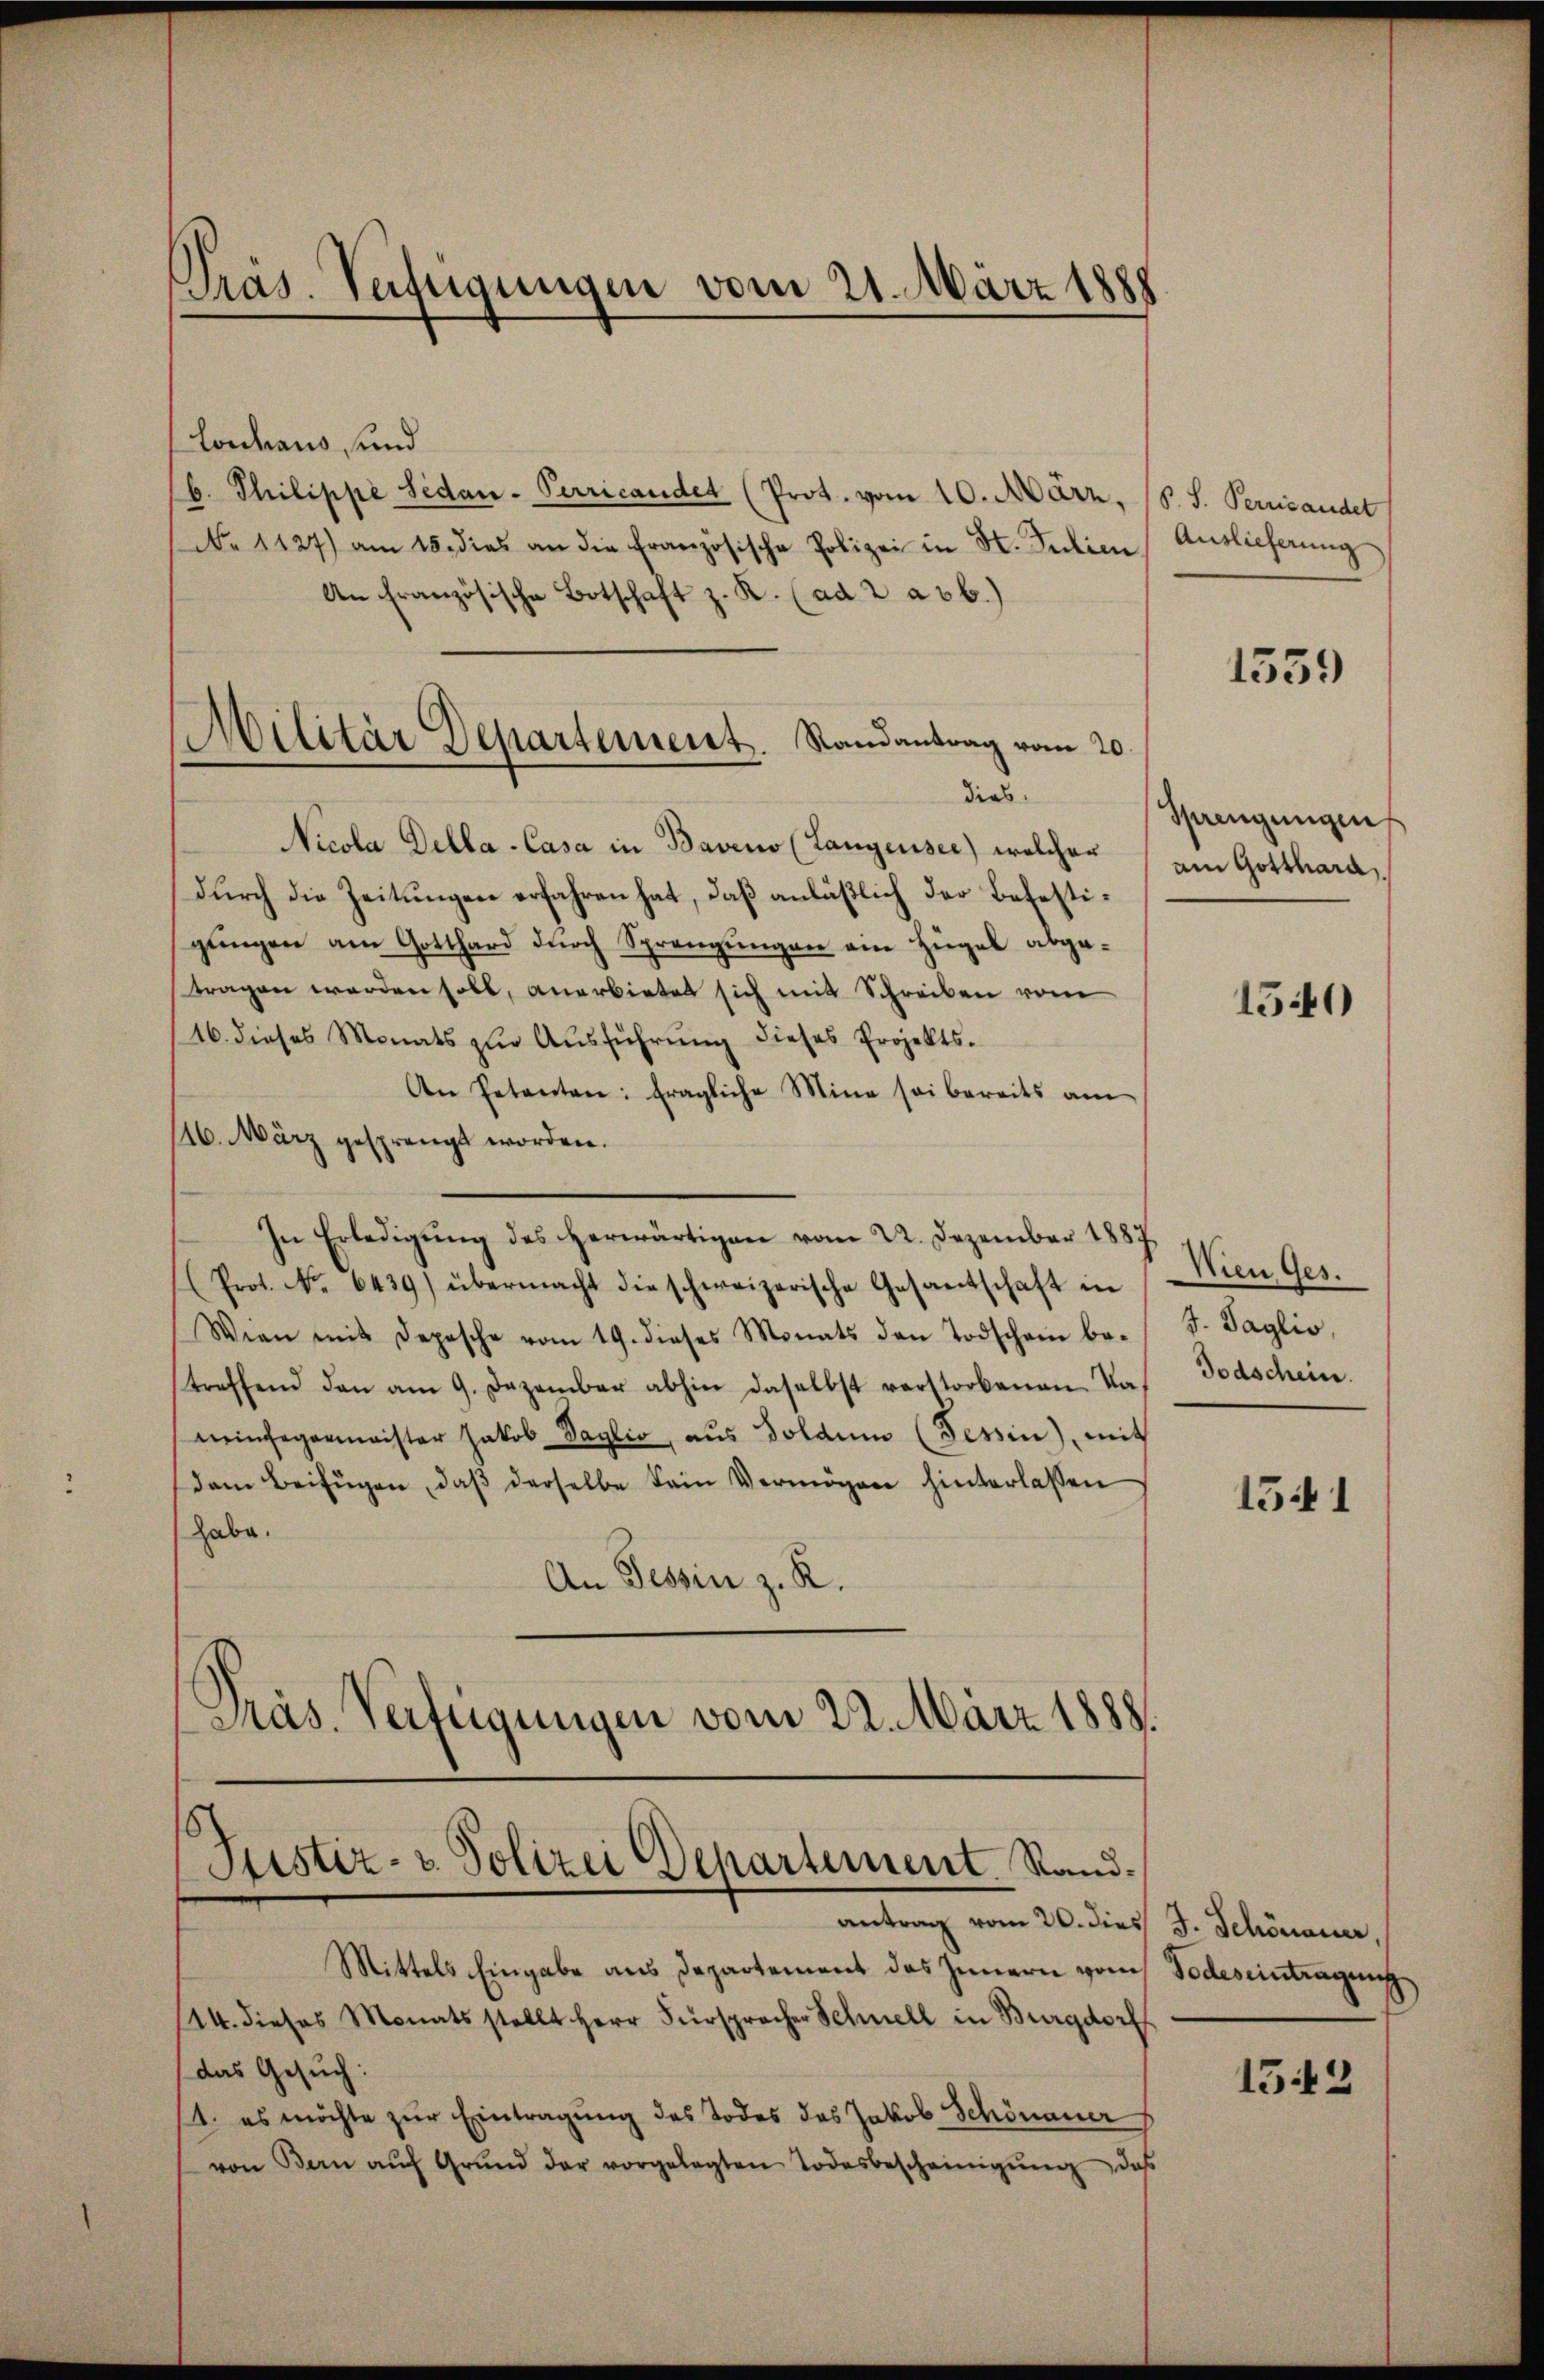
Pras. Verfügungen vom 21. März 1888

Militär Departement. Randantrag vom 20.

lonhaus, und
b. Philippe Sedan-Perricandet (Prot. vom 10. März, S. S. Pernandet
No 1127) am 15. dies an die französische Polizei in St. Ferien Auslieferung
An Französische Botschaft z. R. (ad 2 a 3 b.)
dies
Nicola Della-Casa in Baveno (Langensee) welcher
durch die Zeitungen erfahren hat, daß anläßlich der Befestigungen am Gotthard durch Sprengungen ein Hügel abgetragen werden soll, anerbietet sich mit Schreiben vom
116. dieses Monats zŭr Aŭsführŭng dieses Projekts-
An Petenten: fragliche Mina sei bereits am
116. März gesprengt worden.
In Erledigŭng des herwärtigen vom 22. Dezember 1887
(Prot. No. 6439) übermacht die schweizerische Gesantschaft in
Wien mit Depesche vom 19. dieses Monats den Todscham botreffend den am 9. Dezember abhin daselbst verstorbenen Na-
eeinfegermeister Jakob Paglio, aus Soldum (Tessin, mit
dem Beifügen, daβ derselbe kein Vermögen hinterlassen
habe.
An Tessin z. R.
Präs. Verfügungen vom 22. März 1888.

Justiz- u. Polizei Departement. Sandantrag vom 20. dies J. Schönauer,

Mittels Eingabe aus Departement des Innern vom Todeseintragung
114. dieses Monatsstellt Herr Fürsprocher Schnell in Burgdorf
das Gesuch:
11. es möchte zur Eintragung des Todes des Jakob Schönauer
von Bern aŭf Grŭnd der vorgelegten Todesbescheinigŭng das

1559

Sprengungen
am Gotthard.

1540

Wien Ges.
J. Taglio,
Todschein.

1541

1542